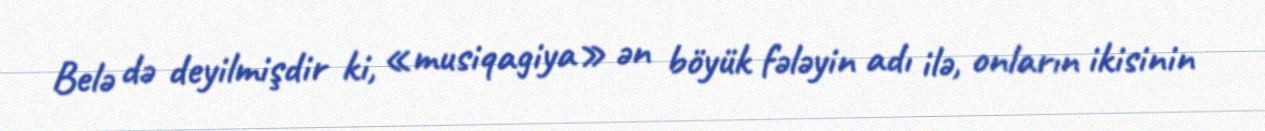
Belə də deyilmişdir ki, «musiqagiya» ən böyük fələyin adı ilə, onların ikisinin